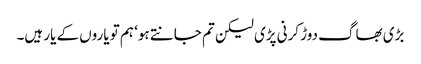
بڑی بھاگ دوڑ کرنی پڑی لیکن تم جانتے ہو‘ ہم تو یاروں کے یار ہیں۔